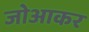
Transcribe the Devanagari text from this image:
जोआकर